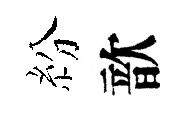
紛歆